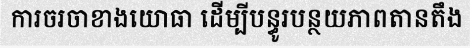
ការចរចាខាងយោធា ដើម្បីបន្ធូរបន្ថយភាពតានតឹង